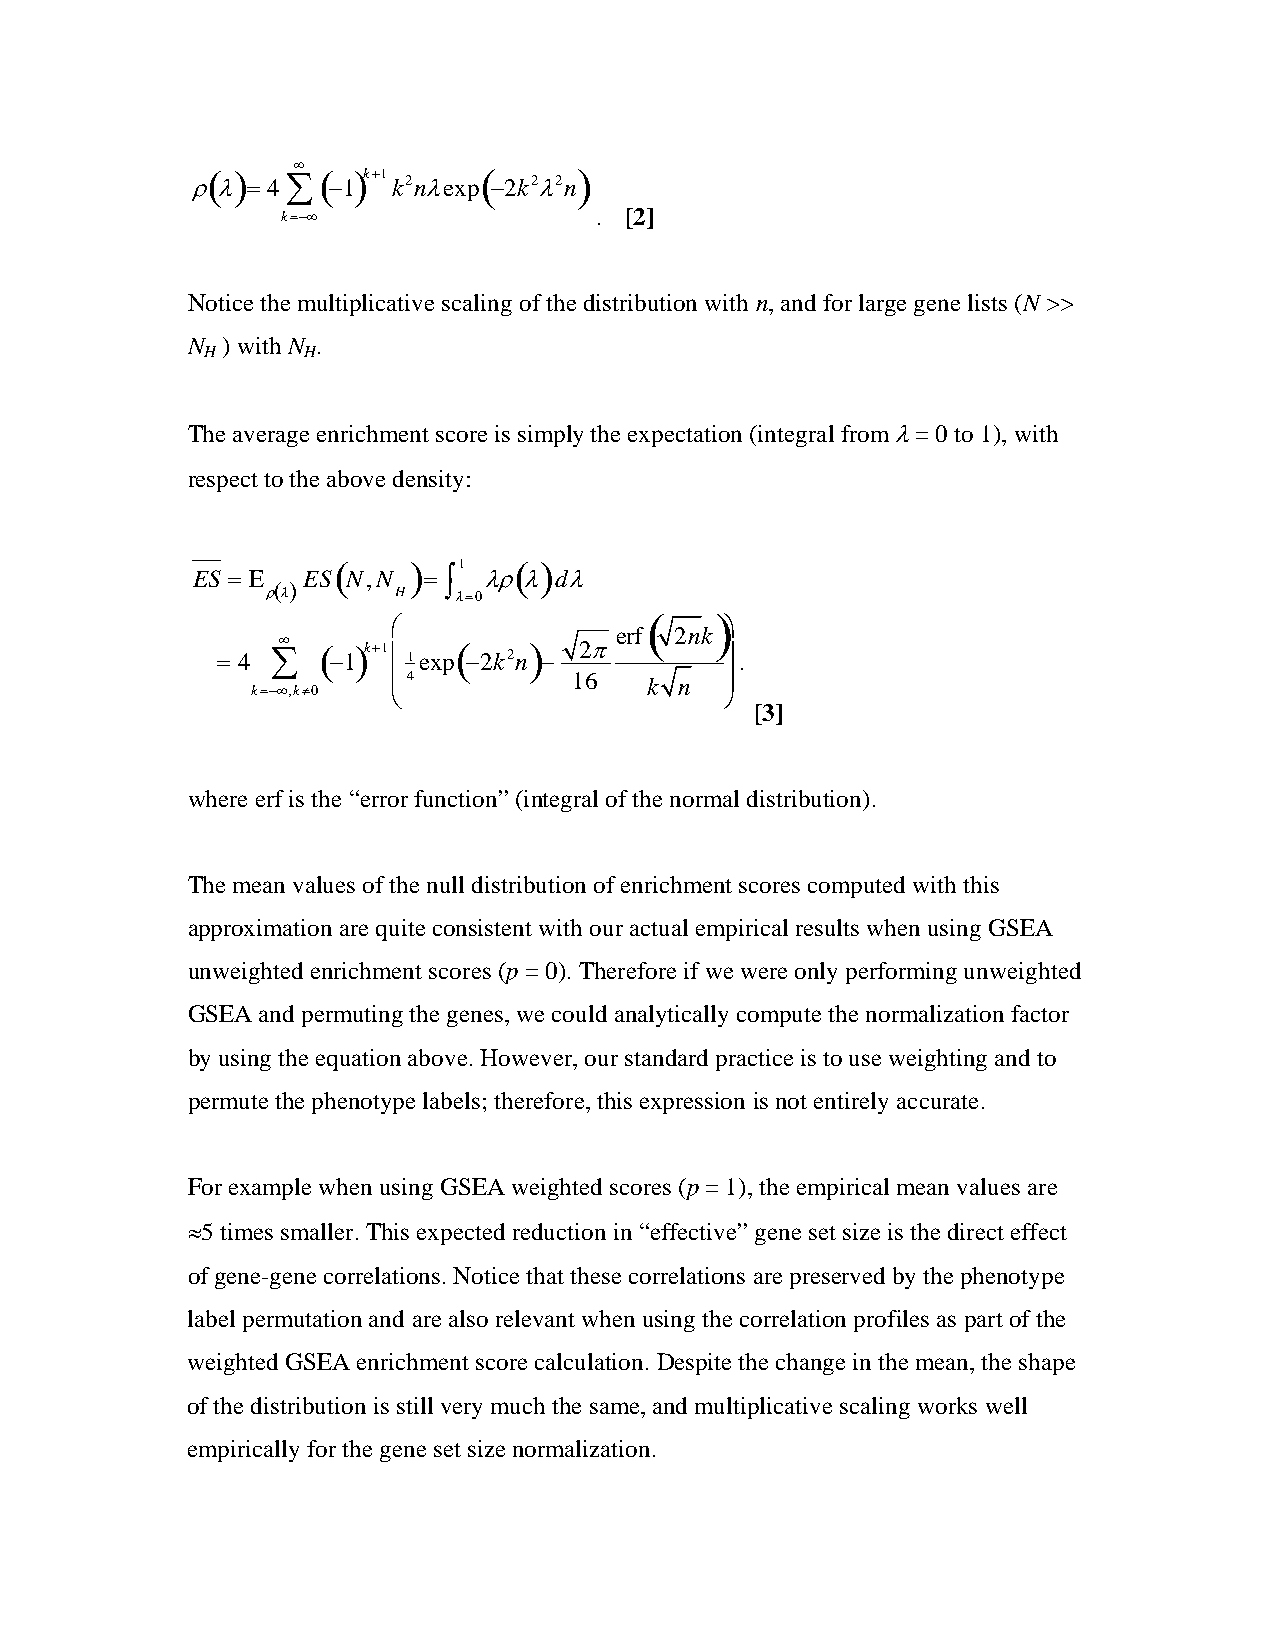
∞
 ρ( λ) = 4∑ ( −1)k+1 k2nλexp( −2k2λ2n) .
 k=−∞                . [2]
 Notice the multiplicative scaling of the distribution with n, and for large gene lists (N >>
 N  ) with N .
 H     H
 The average enrichment score is simply the expectation (integral from λ = 0 to 1), with
 respect to the above density:
 (    )  1   ( )
 ES = E ES N,N  = ∫ λρλ  dλ
 ρ(λ)    H   λ=0
 (   )
 ⎛                     ⎞
 erf 2nk
 = 4
 ∑∞ ( −1)k+1⎜1exp( −2k2n)
 −
 2π        ⎟
 .
 ⎜4          16   k n  ⎟
 k=−∞,k≠0 ⎝                     ⎠
 [3]
 where erf is the “error function” (integral of the normal distribution).
 The mean values of the null distribution of enrichment scores computed with this
 approximation are quite consistent with our actual empirical results when using GSEA
 unweighted enrichment scores (p = 0). Therefore if we were only performing unweighted
 GSEA and permuting the genes, we could analytically compute the normalization factor
 by using the equation above. However, our standard practice is to use weighting and to
 permute the phenotype labels; therefore, this expression is not entirely accurate.
 For example when using GSEA weighted scores (p = 1), the empirical mean values are
 ≈5 times smaller. This expected reduction in “effective” gene set size is the direct effect
 of gene-gene correlations. Notice that these correlations are preserved by the phenotype
 label permutation and are also relevant when using the correlation profiles as part of the
 weighted GSEA enrichment score calculation. Despite the change in the mean, the shape
 of the distribution is still very much the same, and multiplicative scaling works well
 empirically for the gene set size normalization.